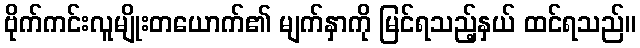
ဗိုက်ကင်းလူမျိုးတယောက်၏ မျက်နှာကို မြင်ရသည့်နှယ် ထင်ရသည်။